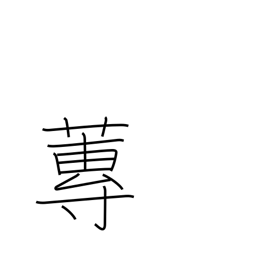
Meaning: type of water plant